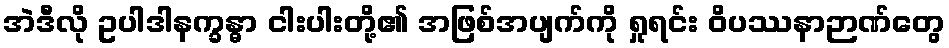
အဲဒီလို ဥပါဒါနက္ခန္ဓာ ငါးပါးတို့၏ အဖြစ်အပျက်ကို ရှုရင်း ဝိပဿနာဉာဏ်တွေ